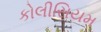
કોલીસિયમ